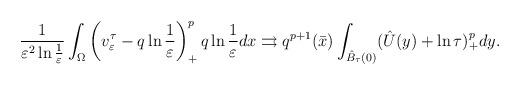
LaTeX: \begin{align*}\frac{1}{\varepsilon^2\ln\frac{1}{\varepsilon}}\int_\Omega\left( v^\tau_\varepsilon-q\ln\frac{1}{\varepsilon}\right) ^{p}_+q\ln\frac{1}{\varepsilon} dx\rightrightarrows q^{p+1}(\bar{x})\int_{\hat{B}_\tau(0)}(\hat{U}(y)+\ln\tau)^{p}_+dy.\end{align*}